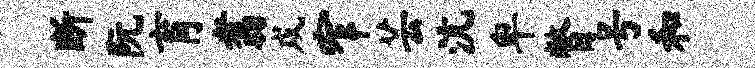
断阮育翥戍窄芸沆卑瞥号和